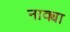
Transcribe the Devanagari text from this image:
नाक्या